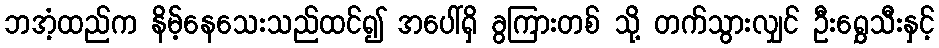
ဘအံ့ထည်က နိမ့်နေသေးသည်ထင်၍ အပေါ်ရှိ ခွကြားတစ် သို့ တက်သွားလျှင် ဦးရွှေသီးနှင့်